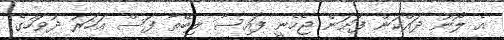
އެ ލޯނު ދައްކަން ފަށަން ޖެހެނީ ފައިސާ ލިބޭތާ ފަސް އަހަރު ދުވަހުގެ